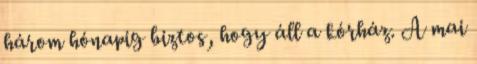
három hónapig biztos, hogy áll a kórház. A mai